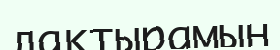
лақтырамын